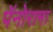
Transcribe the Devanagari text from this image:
पॅनोरामा